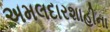
અમલદારશાહીના